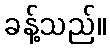
ခန့်သည်။